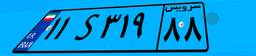
۵۳S۹۶۴۰۷